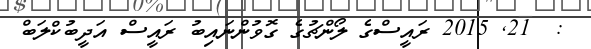
:  21